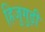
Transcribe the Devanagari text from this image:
हिजुगुड़ी